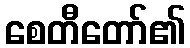
စေတီတော်၏